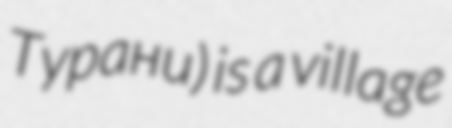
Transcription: Турани) is a village